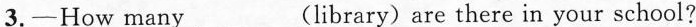
3.—How many___ (library) are there in your school?